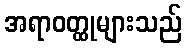
အရာဝတ္ထုများသည်